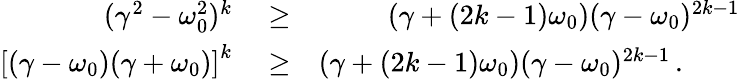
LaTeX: \begin{array}{rlr}{(\gamma^{2}-\omega_{0}^{2})^{k}}&{{}\geq}&{(\gamma+(2k-1)\omega_{0})(\gamma-\omega_{0})^{2k-1}}\\ {\left[(\gamma-\omega_{0})(\gamma+\omega_{0})\right]^{k}}&{{}\geq}&{(\gamma+(2k-1)\omega_{0})(\gamma-\omega_{0})^{2k-1}\, .\qquad}\end{array}